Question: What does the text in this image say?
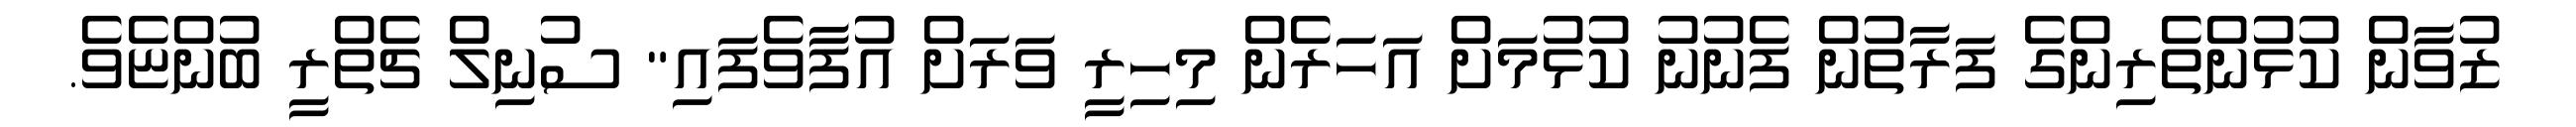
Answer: ޒުވާން ކުޅުންތެރިންގެ ފަރާތުން ފެނުނު ކުޅުމަށް އަހަރެން މިހިރީ ވަރަށް އުފާވެފައި" ސުނިލް ޗެތްރީ ބުންޏެވެ.